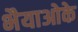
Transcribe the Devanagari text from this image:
भैयाओके